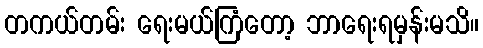
တကယ်တမ်း ရေးမယ်ကြံတော့ ဘာရေးရမှန်းမသိ။